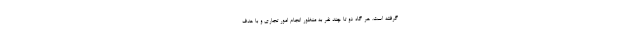
گرفته است. هر گاه دو تا چند نفر به منظور انجام امور تجاری و با هدف